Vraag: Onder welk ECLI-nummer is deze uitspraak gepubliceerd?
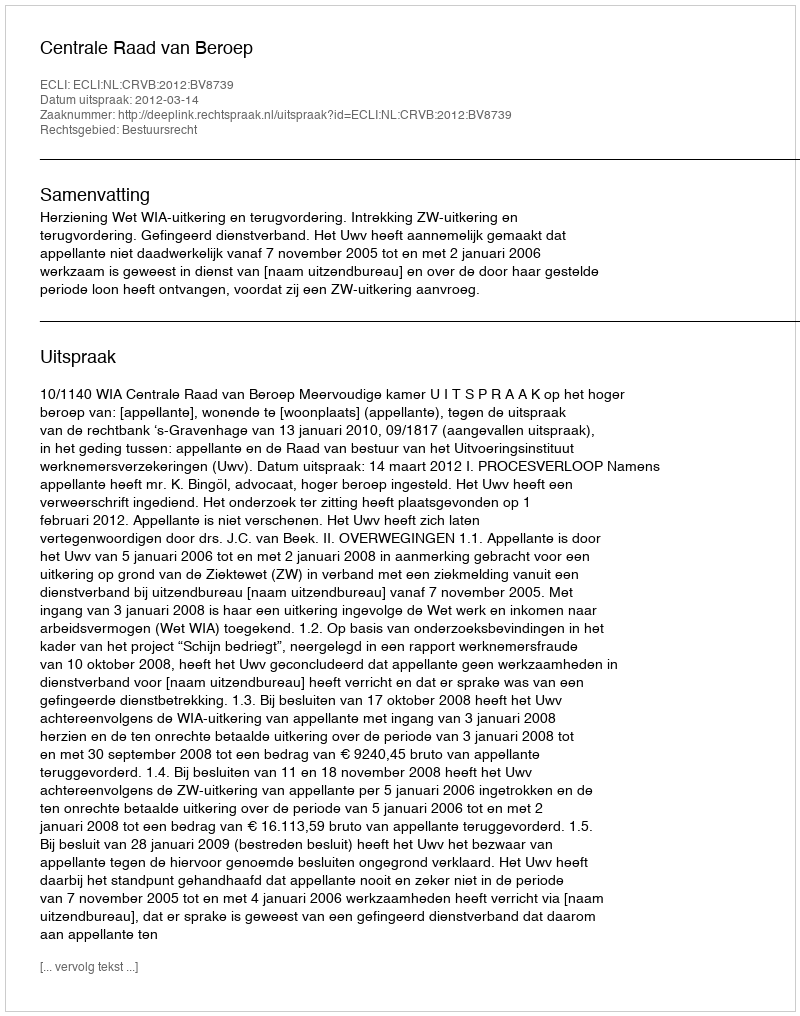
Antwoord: ECLI:NL:CRVB:2012:BV8739